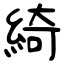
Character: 綺